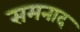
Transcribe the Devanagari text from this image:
समनाद